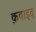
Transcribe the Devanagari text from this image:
क़वाइद